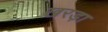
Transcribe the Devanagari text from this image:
खरड़ा